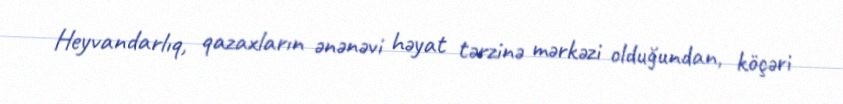
Heyvandarlıq, qazaxların ənənəvi həyat tərzinə mərkəzi olduğundan, köçəri